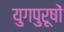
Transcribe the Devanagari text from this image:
युगपुरूषों